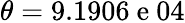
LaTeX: \theta=9.1906\mathrm{~e~}04